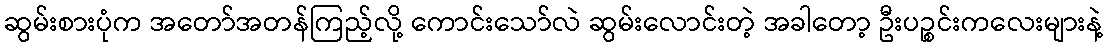
ဆွမ်းစားပုံက အတော်အတန်ကြည့်လို့ ကောင်းသော်လဲ ဆွမ်းလောင်းတဲ့ အခါတော့ ဦးပဉ္စင်းကလေးများနဲ့